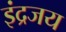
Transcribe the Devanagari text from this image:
इंद्रजय